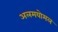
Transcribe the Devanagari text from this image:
अलमयोमल